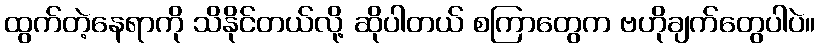
ထွက်တဲ့နေရာကို သိနိုင်တယ်လို့ ဆိုပါတယ် စကြာတွေက ဗဟိုချက်တွေပါပဲ။